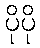
ပိုပို